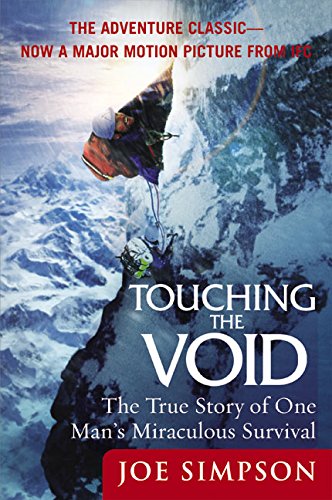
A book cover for Touching the Void: The True Story of One Man's Miraculous Survival; Joe Simpson; Biographies & Memoirs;